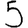
Digit: 5